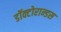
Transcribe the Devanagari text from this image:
डॉक्टोरान्डस